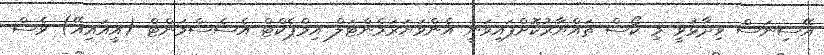
އޭސިނަސް ވިދާޅުވީ މި ކޯސް ތައްޔާރުކޮށްފައިވަނީ އެންވަޔަރަމެންޓަލް އިމްޕެކްޓް އެސެސްމަންޓް (އީއައިއޭ) ވެސް